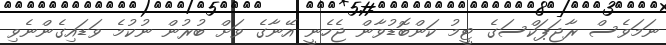
ނަމަވެސް ރާޖަޕަކްސަގެ ޓީމު ކަންބޮޑުވާން ޖެހެނީ އޭނާގެ ވަށް ބުރުން ނުކުމެ ވަޑައިގެންނެވި